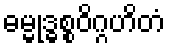
ဓမ္မုဒ္ဓစ္စဝိဂ္ဂဟိတံ